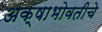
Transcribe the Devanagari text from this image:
अक्षाभोवतीचे